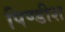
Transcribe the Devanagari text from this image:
पिण्डीश